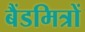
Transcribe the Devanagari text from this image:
बैंडमित्रों